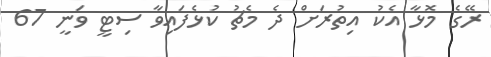
ރޭގެ މޮޅާ އެކު އިތުރަށް ދެ މެޗު ކުޅެފައިވާ ސިޓީ ވަނީ 67